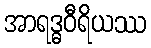
အာရဒ္ဓဝီရိယဿ